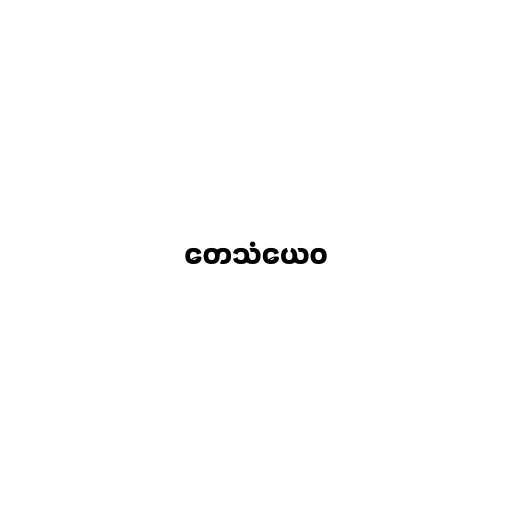
တေသံယေဝ